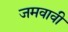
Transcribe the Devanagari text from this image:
जमवावी